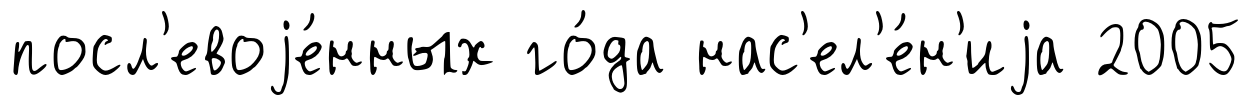
посл'евоjе́нных го́да нас'ел'е́н'иjа 2005